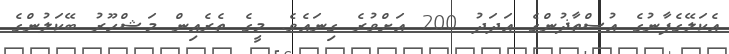
އެކަލޭގެފާނުގެ އުސްތާޛުންގެ އަދަދު 200 އަށްވުރެ ގިނައެވެ. މީގެ ތެރެއިން މަޝްހޫރު ބޭކަލުންގެ